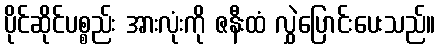
ပိုင်ဆိုင်ပစ္စည်း အားလုံးကို ဇနီးထံ လွှဲပြောင်းပေးသည်။